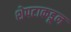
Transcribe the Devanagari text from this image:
शेपटाकडून